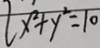
l x ^ { 2 } + y ^ { 2 } = 1 0